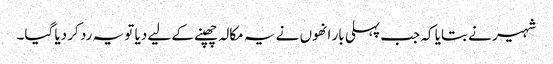
شہیر نے بتایا کہ جب پہلی بار انھوں نے یہ مکالہ چھپنے کے لیے دیا تو یہ رد کر دیا گیا۔